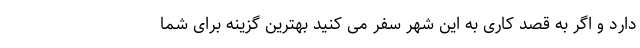
دارد و اگر به قصد کاری به این شهر سفر می کنید بهترین گزینه برای شما